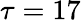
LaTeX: \tau=17